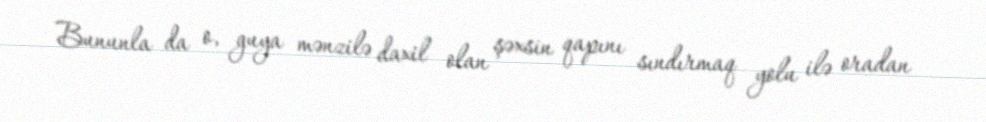
Bununla da o, guya mənzilə daxil olan şəxsin qapını sındırmaq yolu ilə oradan